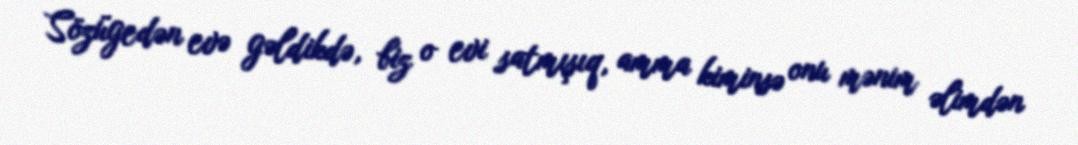
Sözügedən evə gəldikdə, biz o evi satmışıq, amma kiminsə onu mənim əlimdən